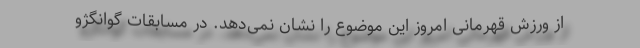
از ورزش قهرمانی امروز این موضوع را نشان نمی‌دهد. در مسابقات گوانگژو